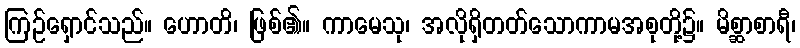
ကြဉ်ရှောင်သည်။ ဟောတိ၊ ဖြစ်၏။ ကာမေသု၊ အလိုရှိတတ်သောကာမအစုတို့၌။ မိစ္ဆာစာရီ၊